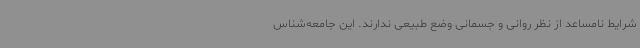
شرایط نامساعد از نظر روانی و جسمانی وضع طبیعی ندارند. این جامعه‌شناس